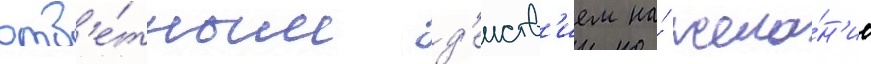
отв'е́тным д'еиств'ием на́ жела́н'ие